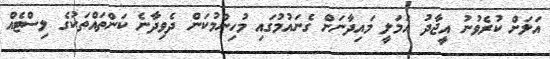
އަލަށް ކުރެވުނު އީޖާދު އަމަލީ މައިދާނަށް ގެނައުމުގައި މުހިންމުކަން ދެވިދާނެ ކަންތައްތަކުގެ ލިސްޓެއް